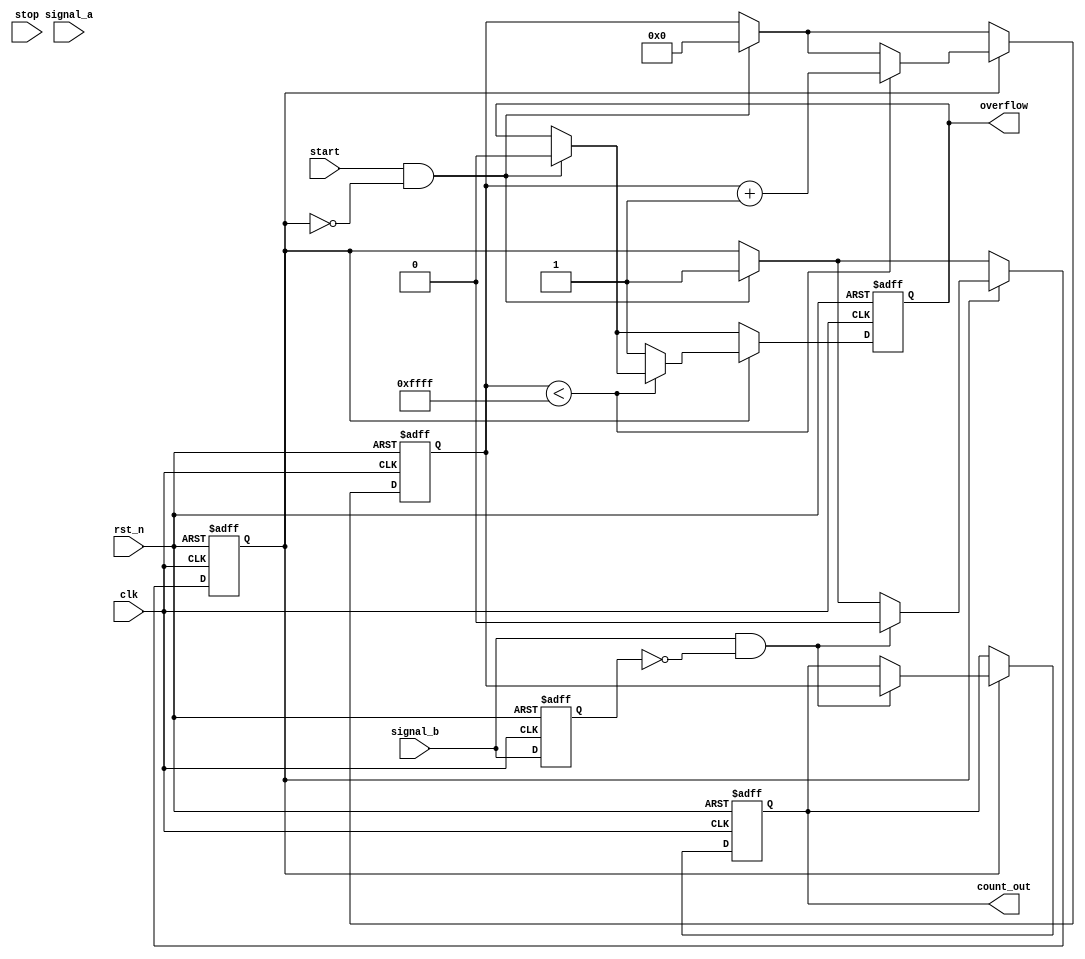
module TDC (
    input wire clk,                // System clock
    input wire rst_n,              // Active low reset
    input wire start,              // Start signal for measurement
    input wire stop,               // Stop signal for measurement
    input wire signal_a,           // First input signal
    input wire signal_b,           // Second input signal
    output reg [15:0] count_out,   // Output count value
    output reg overflow             // Overflow flag
);

    // Parameters
    parameter DELAY_STAGES = 16;   // Number of delay stages
    parameter MAX_COUNT = 16'hFFFF; // Maximum count value

    // Internal signals
    reg [15:0] counter;             // Digital counter
    reg [DELAY_STAGES-1:0] delay_line; // Delay line
    reg measuring;                  // Measuring state
    reg signal_a_d, signal_b_d;    // Delayed signals for edge detection

    // Input signal conditioning (Schmitt Trigger simulation)
    always @(posedge clk or negedge rst_n) begin
        if (!rst_n) begin
            signal_a_d <= 1'b0;
            signal_b_d <= 1'b0;
        end else begin
            signal_a_d <= signal_a;
            signal_b_d <= signal_b;
        end
    end

    // Delay line implementation
    always @(posedge clk or negedge rst_n) begin
        if (!rst_n) begin
            delay_line <= 0;
        end else if (measuring) begin
            delay_line <= {delay_line[DELAY_STAGES-2:0], 1'b1}; // Shift in new delay
        end
    end

    // Counter logic
    always @(posedge clk or negedge rst_n) begin
        if (!rst_n) begin
            counter <= 0;
            count_out <= 0;
            overflow <= 1'b0;
            measuring <= 1'b0;
        end else begin
            if (start && !measuring) begin
                measuring <= 1'b1; // Start measuring
                counter <= 0;      // Reset counter
                overflow <= 1'b0;  // Clear overflow
            end
            
            if (measuring) begin
                if (counter < MAX_COUNT) begin
                    counter <= counter + 1; // Increment counter
                end else begin
                    overflow <= 1'b1; // Set overflow flag
                end
                
                // Stop measuring on signal_b edge
                if (signal_b && !signal_b_d) begin
                    measuring <= 1'b0; // Stop measuring
                    count_out <= counter; // Output the count
                end
            end
        end
    end

endmodule